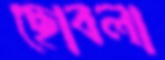
ছোবলা